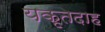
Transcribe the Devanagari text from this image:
यकृतदाह